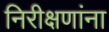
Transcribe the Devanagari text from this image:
निरीक्षणांना